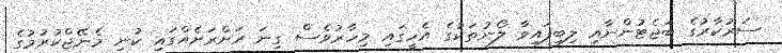
ސަރުކާރުގެ ބަޖެޓުންނާއި ލިބިފައިވާ ލޯނުތަކުގެ އެހީގައި މިހާރުވެސް ގިނަ ރަށްރަށެއްގައި ކުނި މެނޭޖްކުރުމުގެ